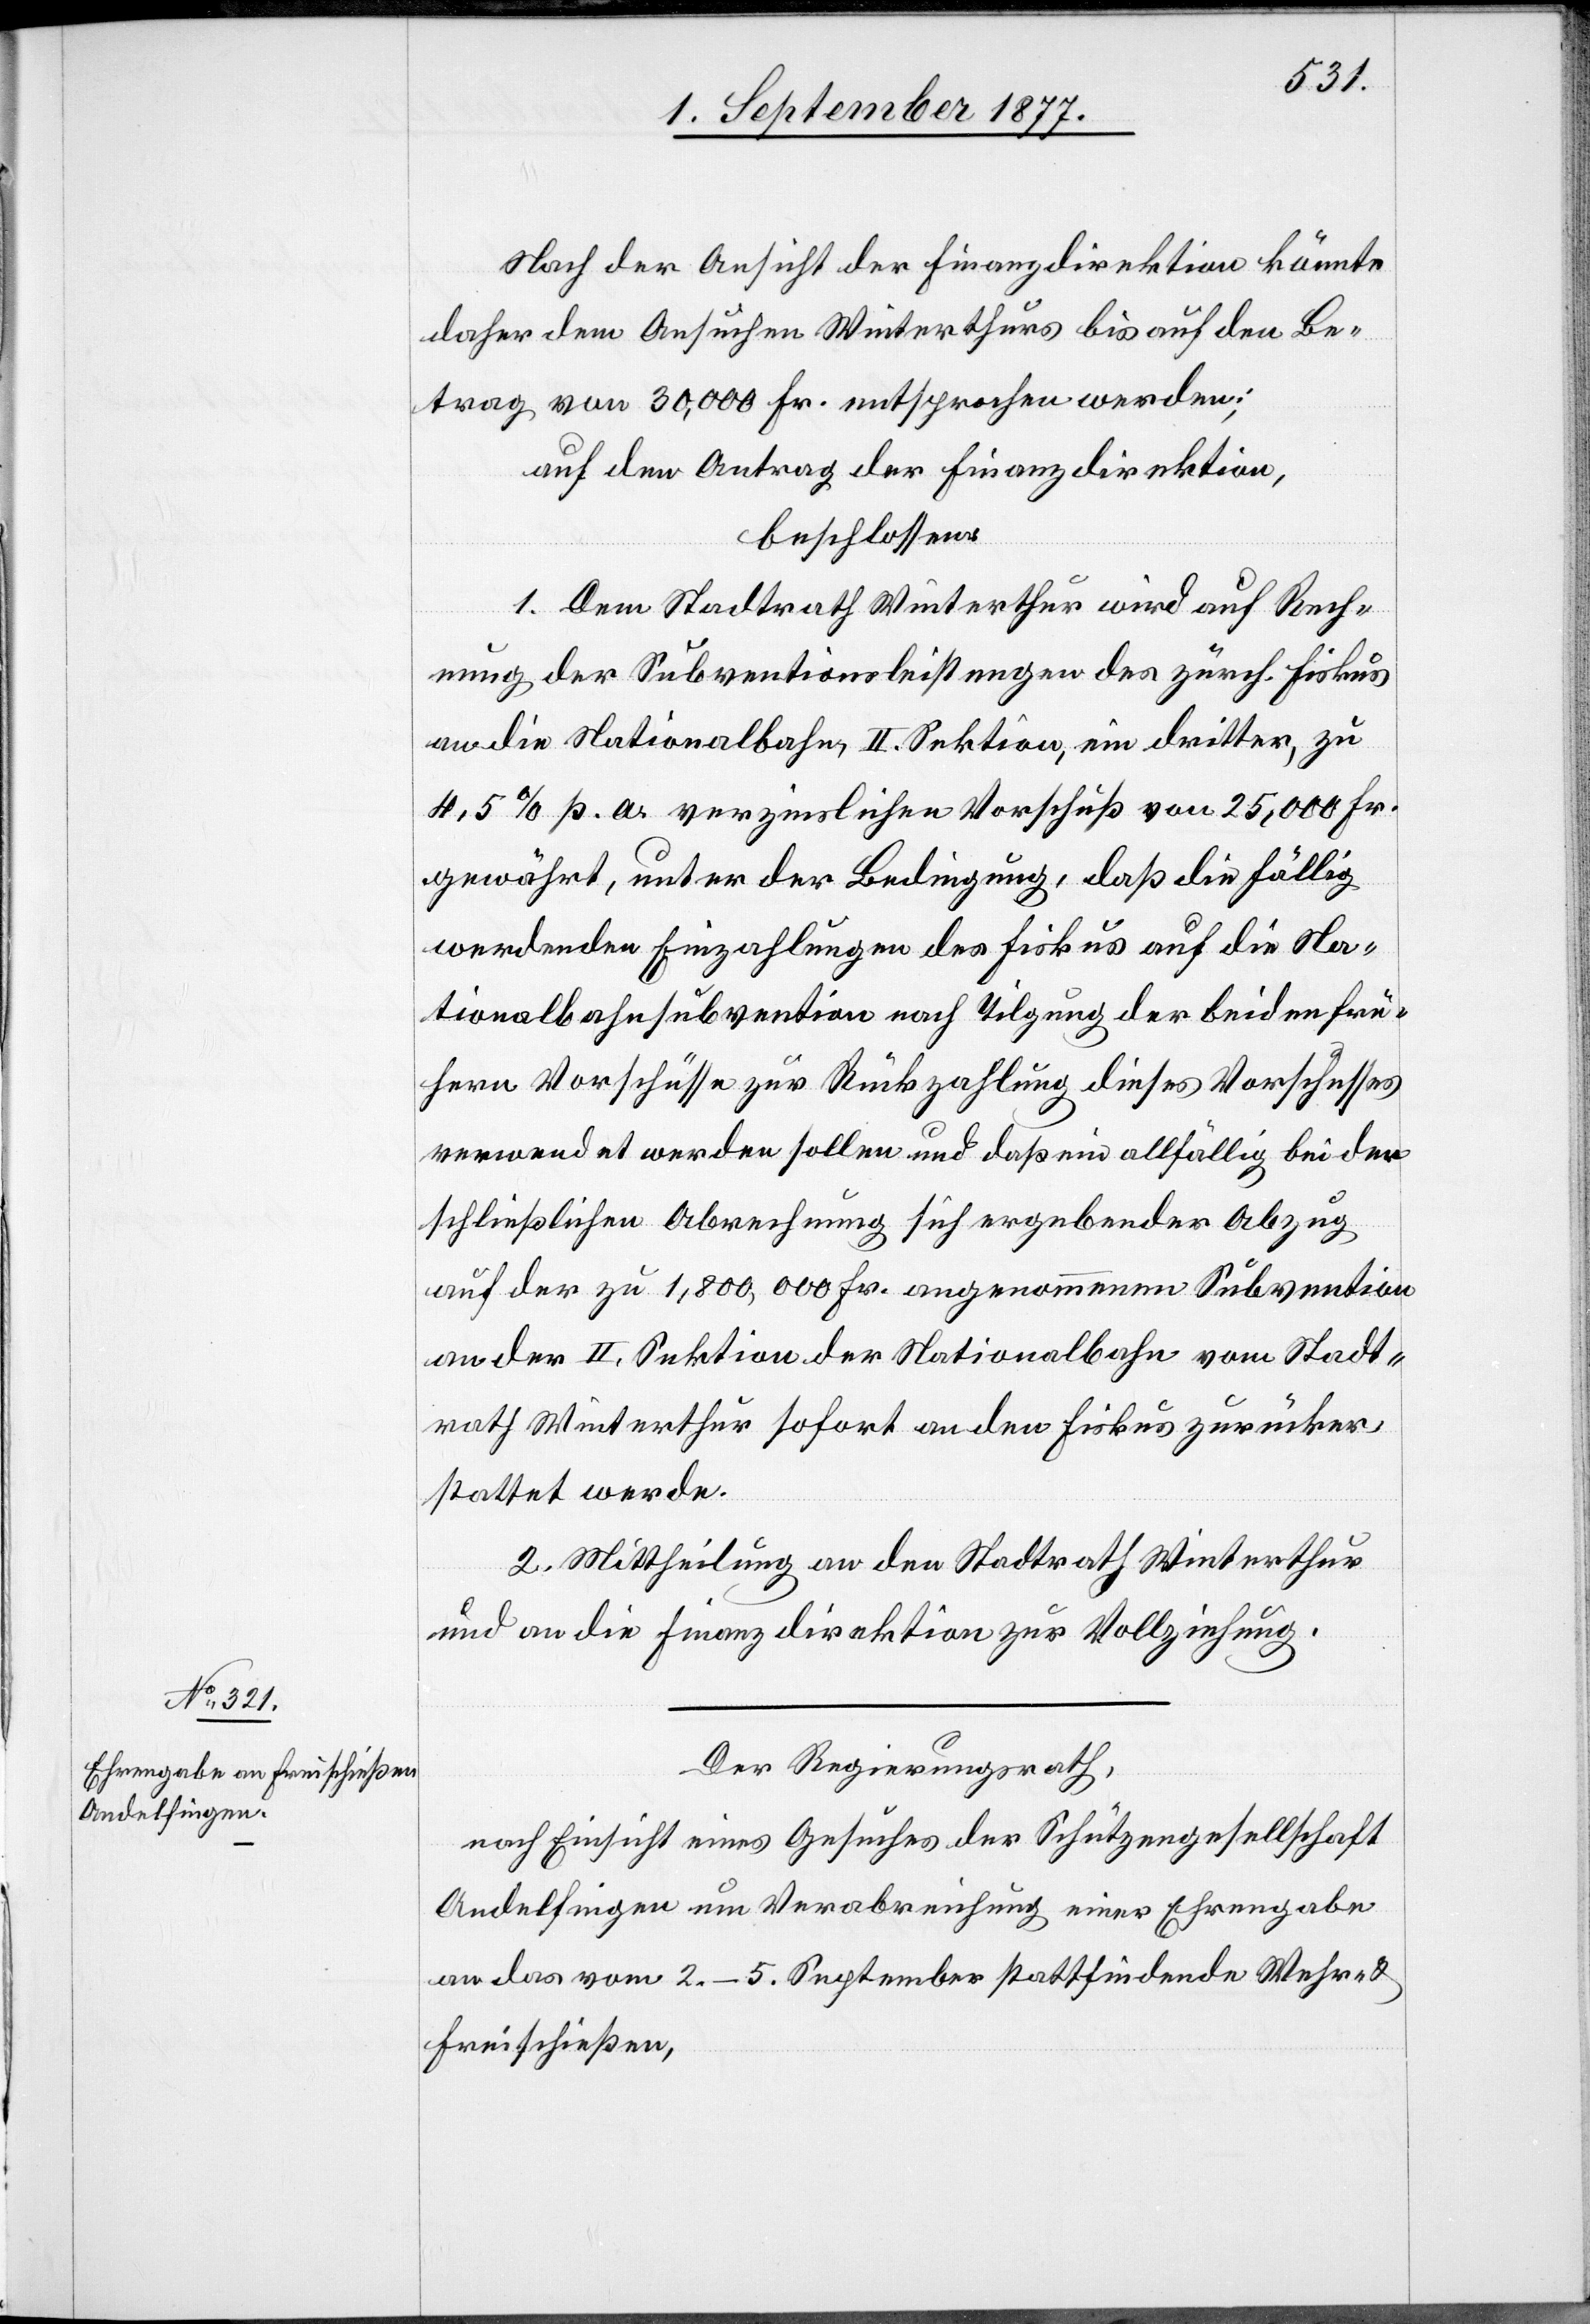
Nach der Ansicht der Finanzdirektion könnte
daher dem Ansuchen Winterthurs bis auf den Be¬
trag von 30,000 Fr. entsprochen werden;
auf den Antrag der Finanzdirektion,
beschlossen:
1. Dem Stadtrath Winterthur wird auf Rech¬
nung der Subventionsleistungen des zürch. Fiskus
an die Nationalbahn, II. Sektion, ein dritter, zu
4,5% p. a. verzinslichen Vorschuß von 25,000 Fr.
gewährt, unter der Bedingung, daß die fällig
werdenden Einzahlungen des Fiskus auf die Na¬
tionalbahnsubvention nach Tilgung der beiden frü¬
hern Vorschüsse zur Rückzahlung dieses Vorschusses
verwendet werden sollen und daß ein allfällig bei der
schließlichen Abrechnung sich ergebender Abzug
auf der zu 1,800,000 Fr. angenommenen Subvention
an der II. Sektion der Nationalbahn vom Stadt¬
rath Winterthur sofort an den Fiskus zurücker¬
stattet werde.
2. Mittheilung an den Stadtrath Winterthur
und an die Finanzdirektion zur Vollziehung.
Der Regierungsrath,
nach Einsicht eines Gesuches der Schützengesellschaft
Andelfingen um Verabreichung einer Ehrengabe
an das vom 2.–5. September stattfindende Wehr- &
Freischießen,